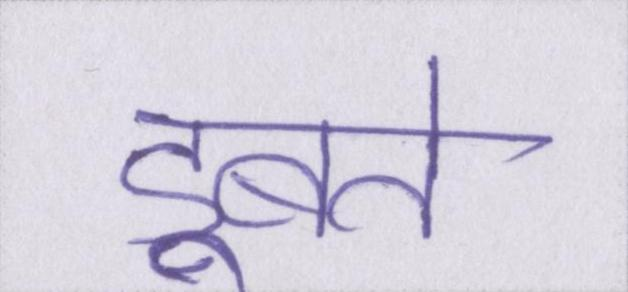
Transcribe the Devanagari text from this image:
डूबते